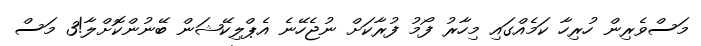
މަސްވެރިން ހުރިހާ ކަމެއްގައި މިހާރު ފޯމު ފުރާކަށް ނުޖެހޭނެ އެޕްލިކޭޝަން ބޭނުންކޮށްލާ!3 މަސް